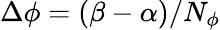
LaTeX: \Delta\phi=(\beta-\alpha)/N_{\phi}